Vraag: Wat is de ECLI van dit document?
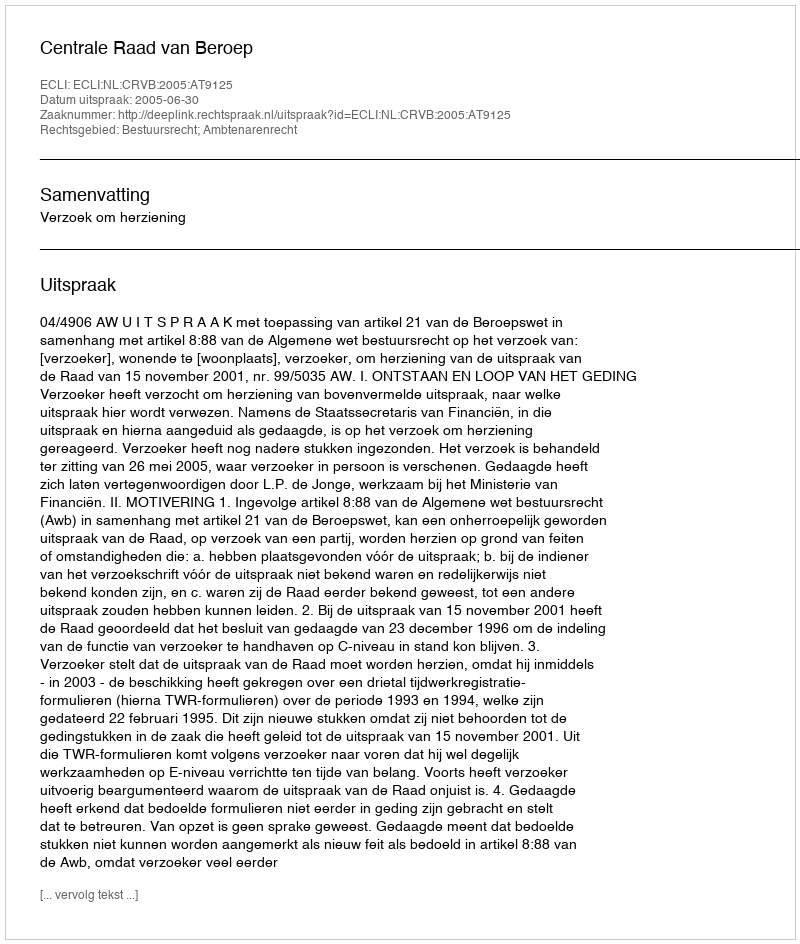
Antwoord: ECLI:NL:CRVB:2005:AT9125